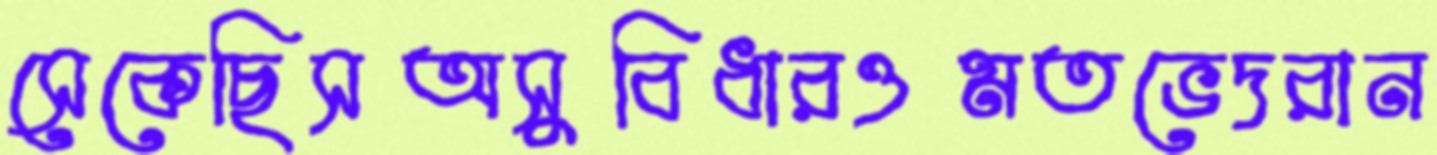
সেকেছিসঅসুবিধারওমতভেদরান